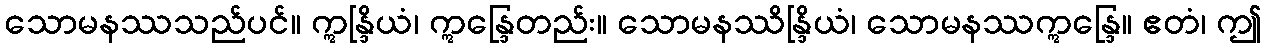
သောမနဿသည်ပင်။ ဣန္ဒြိယံ၊ ဣန္ဒြေတည်း။ သောမနဿိန္ဒြိယံ၊ သောမနဿဣန္ဒြေ။ ဧတံ၊ ဤ